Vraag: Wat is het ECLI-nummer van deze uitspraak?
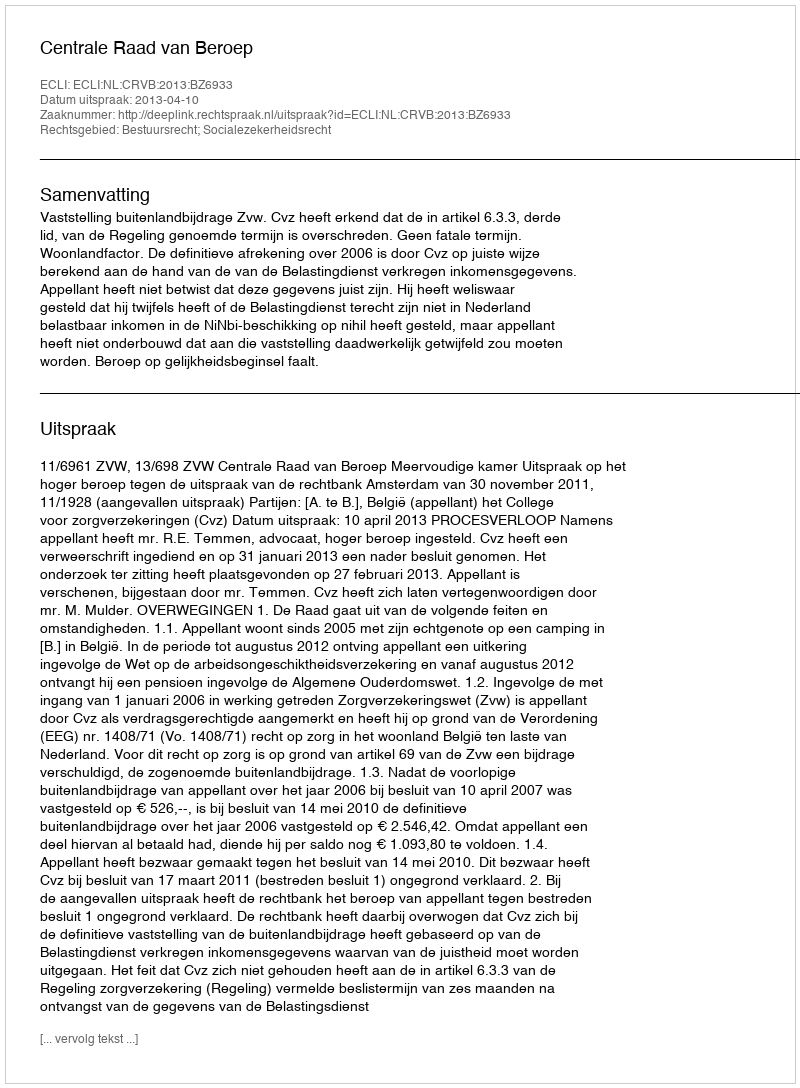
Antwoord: ECLI:NL:CRVB:2013:BZ6933